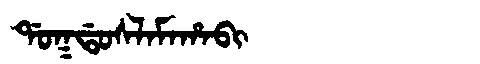
Manchu: ᡩᠣᡴᡩᠣᠰᠯᠠᠮᠠᡥᠠᠪᡳ
Romanization: DOKDOSLAMAHABI